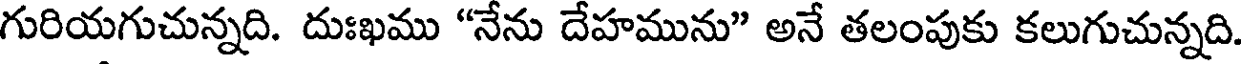
గురియగుచున్నది. దుఃఖము "నేను దేహమును" అనే తలంపుకు కలుగుచున్నది